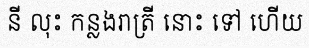
នី លុះ កន្លងរាត្រី នោះ ទៅ ហើយ